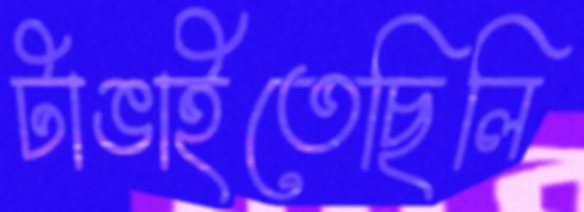
টাঙাইতেছিলি